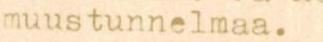
muustunnelmaa.